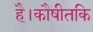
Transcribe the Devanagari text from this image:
है।कौषीतकि